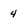
Character: 4